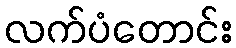
လက်ပံတောင်း